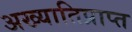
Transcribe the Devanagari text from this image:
अख्यातिप्राप्त